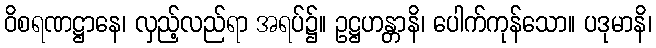
ဝိစရဏဋ္ဌာနေ၊ လှည့်လည်ရာ အရပ်၌။ ဥဋ္ဌဟန္တာနိ၊ ပေါက်ကုန်သော။ ပဒုမာနိ၊